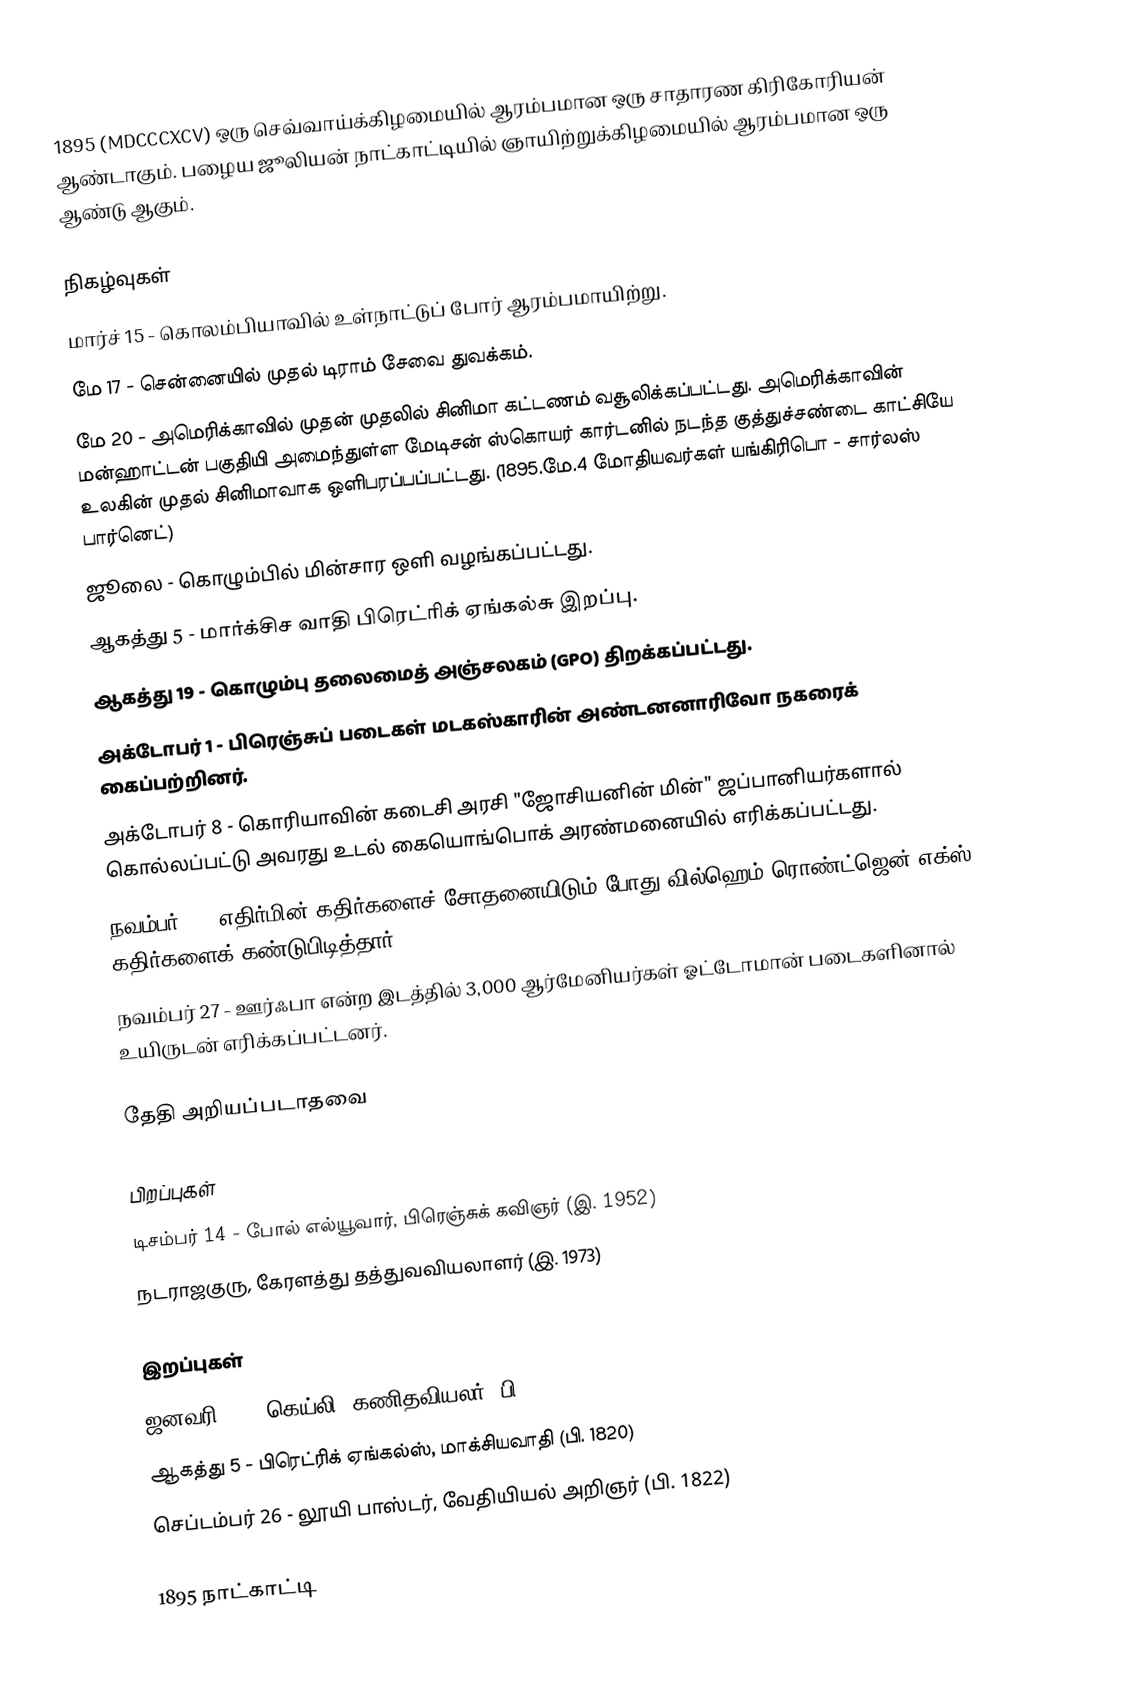
1895  (MDCCCXCV) ஒரு செவ்வாய்க்கிழமையில் ஆரம்பமான ஒரு சாதாரண கிரிகோரியன் ஆண்டாகும். பழைய ஜூலியன் நாட்காட்டியில் ஞாயிற்றுக்கிழமையில் ஆரம்பமான ஒரு ஆண்டு ஆகும்.

நிகழ்வுகள்
 மார்ச் 15 - கொலம்பியாவில் உள்நாட்டுப் போர் ஆரம்பமாயிற்று.
 மே 17 - சென்னையில் முதல் டிராம் சேவை துவக்கம்.
 மே 20 - அமெரிக்காவில் முதன் முதலில் சினிமா கட்டணம் வசூலிக்கப்பட்டது. அமெரிக்காவின் மன்ஹாட்டன் பகுதியி அமைந்துள்ள மேடிசன் ஸ்கொயர் கார்டனில் நடந்த குத்துச்சண்டை காட்சியே உலகின் முதல் சினிமாவாக ஒளிபரப்பப்பட்டது. (1895.மே.4 மோதியவர்கள் யங்கிரிபொ - சார்லஸ் பார்னெட்)
 ஜூலை - கொழும்பில் மின்சார ஒளி வழங்கப்பட்டது.
 ஆகத்து 5 - மார்க்சிச வாதி பிரெட்ரிக் ஏங்கல்சு இறப்பு.
 ஆகத்து 19 - கொழும்பு தலைமைத் அஞ்சலகம் (GPO) திறக்கப்பட்டது.
 அக்டோபர் 1 - பிரெஞ்சுப் படைகள் மடகஸ்காரின் அண்டனனாரிவோ நகரைக் கைப்பற்றினர்.
 அக்டோபர் 8 - கொரியாவின் கடைசி அரசி "ஜோசியனின் மின்" ஜப்பானியர்களால் கொல்லப்பட்டு அவரது உடல் கையொங்பொக் அரண்மனையில் எரிக்கப்பட்டது.
 நவம்பர் 8 - எதிர்மின் கதிர்களைச் சோதனையிடும் போது வில்ஹெம் ரொண்ட்ஜென் எக்ஸ் கதிர்களைக் கண்டுபிடித்தார்.
 நவம்பர் 27 - ஊர்ஃபா என்ற இடத்தில் 3,000 ஆர்மேனியர்கள் ஓட்டோமான் படைகளினால் உயிருடன் எரிக்கப்பட்டனர்.

தேதி அறியப்படாதவை

பிறப்புகள்
 டிசம்பர் 14 - போல் எல்யூவார், பிரெஞ்சுக் கவிஞர் (இ. 1952)
 நடராஜகுரு, கேரளத்து தத்துவவியலாளர் (இ. 1973)

இறப்புகள்
 ஜனவரி 26 - கெய்லி, கணிதவியலர் (பி. 1821)
 ஆகத்து 5 - பிரெட்ரிக் ஏங்கல்ஸ், மாக்சியவாதி (பி. 1820)
 செப்டம்பர் 26 - லூயி பாஸ்டர், வேதியியல் அறிஞர் (பி. 1822)

1895 நாட்காட்டி